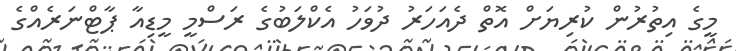
މީގެ އިތުރުން ކުރިޔަށް އޮތް ދެއަހަރު ދުވަހު އެކްލަބުގެ ރަސްމީ މީޑިއާ ޕާޓްނަރެއްގެ